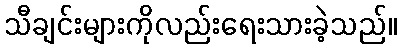
သီချင်းများကိုလည်းရေးသားခဲ့သည်။